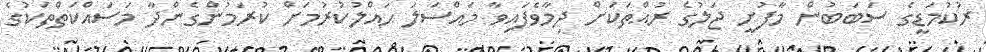
ރުކުމަޑީގެ ސަބަބުން މާފުށީ ޖަލުގެ ރުއްތަކަށް ދިމާވެފައިވާ މައްސަލަ ޙައްލުކުރުމަށް ކުރަމުންގެންދާ މަސައްކަތްތަކުގެ